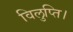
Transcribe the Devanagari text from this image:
विलुप्ति।